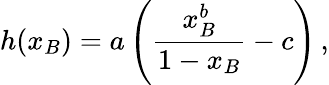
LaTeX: h(x_{B})=a\left(\frac{x_{B}^{b}}{1-x_{B}}-c\right)\, ,